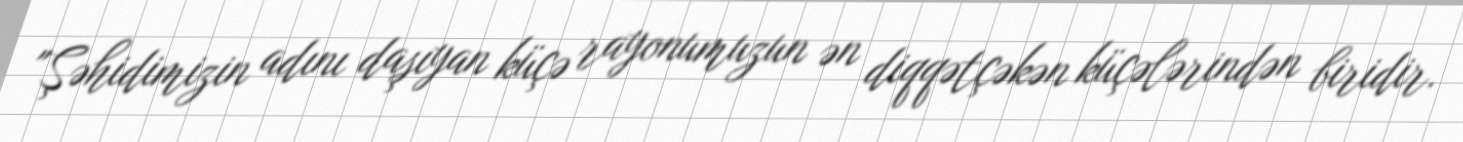
"Şəhidimizin adını daşıyan küçə rayonumuzun ən diqqətçəkən küçələrindən biridir.